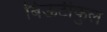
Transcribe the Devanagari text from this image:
बिऊटीफुल